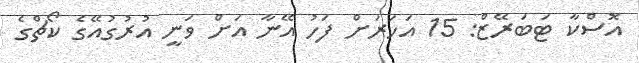
އޮސްކާ ޓަބަރޭޒް: 15 އަހަރަށް ފަހު އޭނާ އަށް ވަނީ އުރުގުއޭގެ ކޯޗްގެ